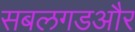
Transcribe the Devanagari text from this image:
सबलगडऔर